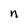
Character: n